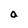
Character: a